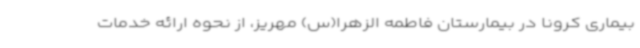
بیماری کرونا در بیمارستان فاطمه الزهرا(س) مهریز، از نحوه ارائه خدمات